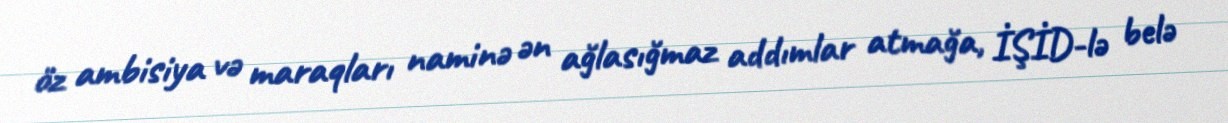
öz ambisiya və maraqları naminə ən ağlasığmaz addımlar atmağa, İŞİD-lə belə